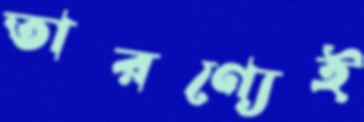
তারণ্যেই